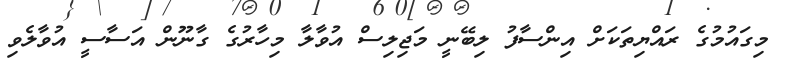
މިގައުމުގެ ރައްޔިތަކަށް އިންސާފު ލިބޭނީ މަޖިލިސް އުވާލާ މިހާރުގެ ގާނޫން އަސާސީ އުވާލެވި